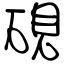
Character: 硯